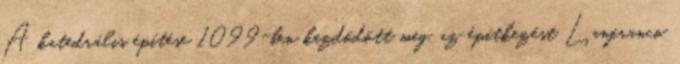
A katedrális építése 1099-ben kezdődött meg, az építkezést Lanfranco